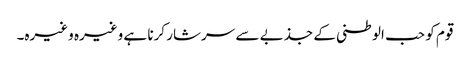
قوم کو حب الوطنی کے جذبے سے سرشار کرنا ہے وغیرہ وغیرہ۔